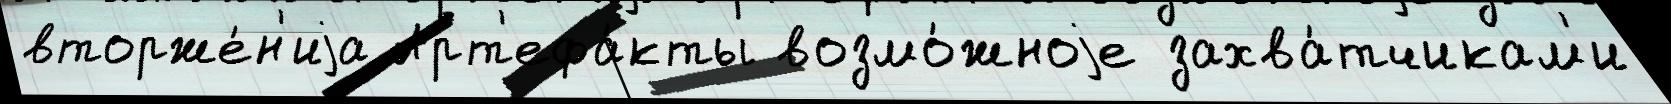
вторже́н'иjа Арт'ефа́кты возмо́жноjе захва́тчикам'и